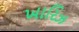
ખારિઝ